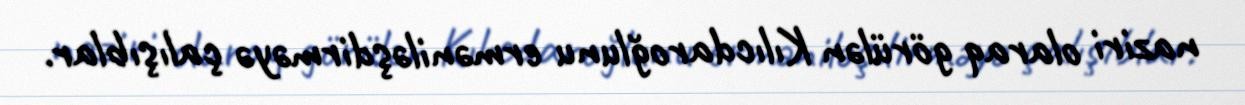
naziri olaraq görülən Kılıcdaroğlunu erməniləşdirməyə çalışıblar.